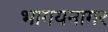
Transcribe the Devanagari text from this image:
भागयनागर